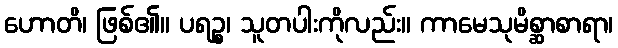
ဟောတိ၊ ဖြစ်၏။ ပရဉ္စ၊ သူတပါးကိုလည်း။ ကာမေသုမိစ္ဆာစာရာ၊